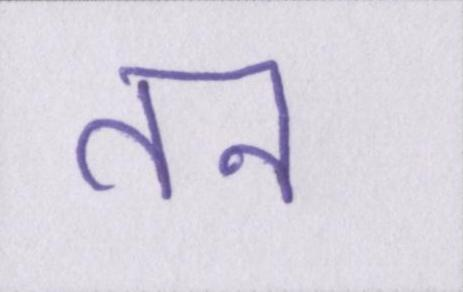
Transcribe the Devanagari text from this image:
तन